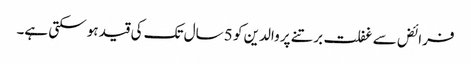
فرائض سے غفلت برتنے پر والدین کو 5 سال تک کی قید ہو سکتی ہے۔